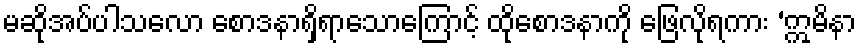
မဆိုအပ်ပါသလော စောဒနာရှိရာသောကြောင့် ထိုစောဒနာကို ဖြေလိုရကား ‘ဣမိနာ